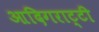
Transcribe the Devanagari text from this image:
आदिगराट्टी